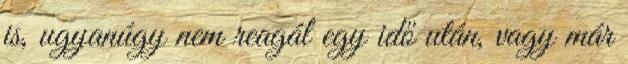
is, ugyanúgy nem reagál egy idő után, vagy már